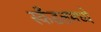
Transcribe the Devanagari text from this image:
स्कँडलमध्ये